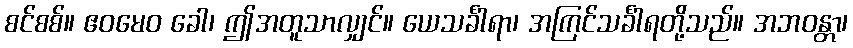
စင်စစ်။ ဧဝမေဝ ခေါ၊ ဤအတူသာလျှင်။ ယေသင်္ခါရာ၊ အကြင်သင်္ခါရတို့သည်။ အဘဝန္တာ၊